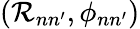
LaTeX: (\mathcal{R}_{nn^{\prime}},\phi_{nn^{\prime}})